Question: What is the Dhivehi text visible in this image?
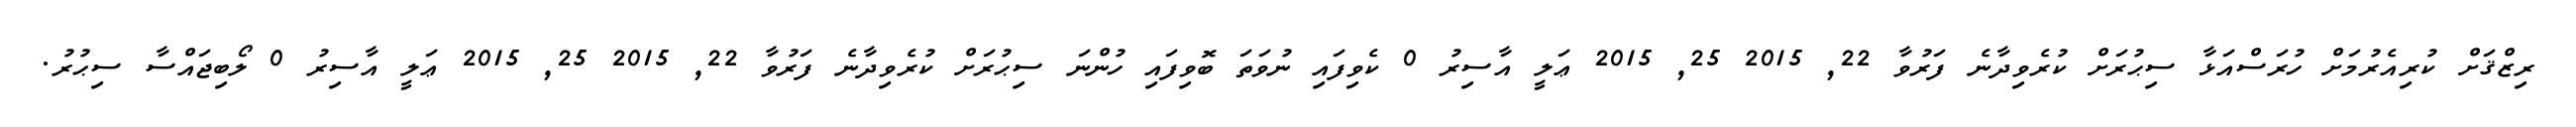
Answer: ރިޒްޤަށް ކުރިއެރުމަށް ހުރަސްއަޅާ ސިޙުރަށް ކުރެވިދާނެ ފަރުވާ 22, 2015 25, 2015 ޢަލީ އާސިރު 0 ކެވިފައި ނުވަތަ ބޮވިފައި ހުންނަ ސިޙުރަށް ކުރެވިދާނެ ފަރުވާ 22, 2015 25, 2015 ޢަލީ އާސިރު 0 ލޯބިޖައްސާ ސިޙުރު.